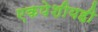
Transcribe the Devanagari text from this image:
एकपेशीयही